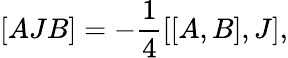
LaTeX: [AJB]=-\frac{1}{4}[[A,B],J],